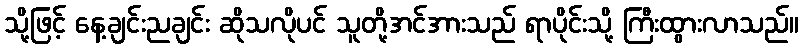
သို့ဖြင့် နေ့ချင်းညချင်း ဆိုသလိုပင် သူတို့အင်အားသည် ရာပိုင်းသို့ ကြီးထွားလာသည်။